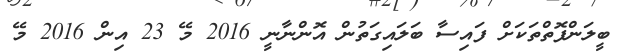
ބީލަންފޮތްތަކަށް ފައިސާ ބަލައިގަތުން އޮންނާނީ 2016 މޭ 23 އިން 2016 މޭ